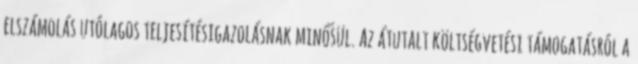
elszámolás utólagos teljesítésigazolásnak minősül. Az átutalt költségvetési támogatásról a